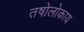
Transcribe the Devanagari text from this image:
तषोलोकाय